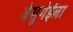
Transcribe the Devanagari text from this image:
येसुगेईला